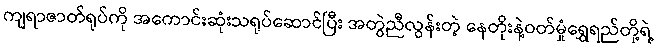
ကျရာဇာတ်ရုပ်ကို အကောင်းဆုံးသရုပ်ဆောင်ပြီး အတွဲညီလွန်းတဲ့ နေတိုးနဲ့ဝတ်မှုံရွှေရည်တို့ရဲ့